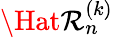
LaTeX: \Hat{\mathcal{R}}_{n}^{(k)}